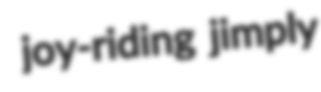
joy-riding jimply